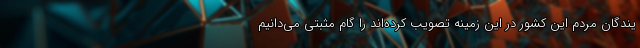
یندگان مردم این کشور در این زمینه تصویب کرده‌اند را گام مثبتی می‌دانیم